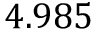
4 . 9 8 5